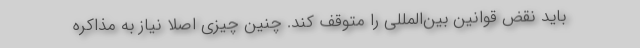
باید نقض قوانین بین‌المللی را متوقف کند. چنین چیزی اصلا نیاز به مذاکره